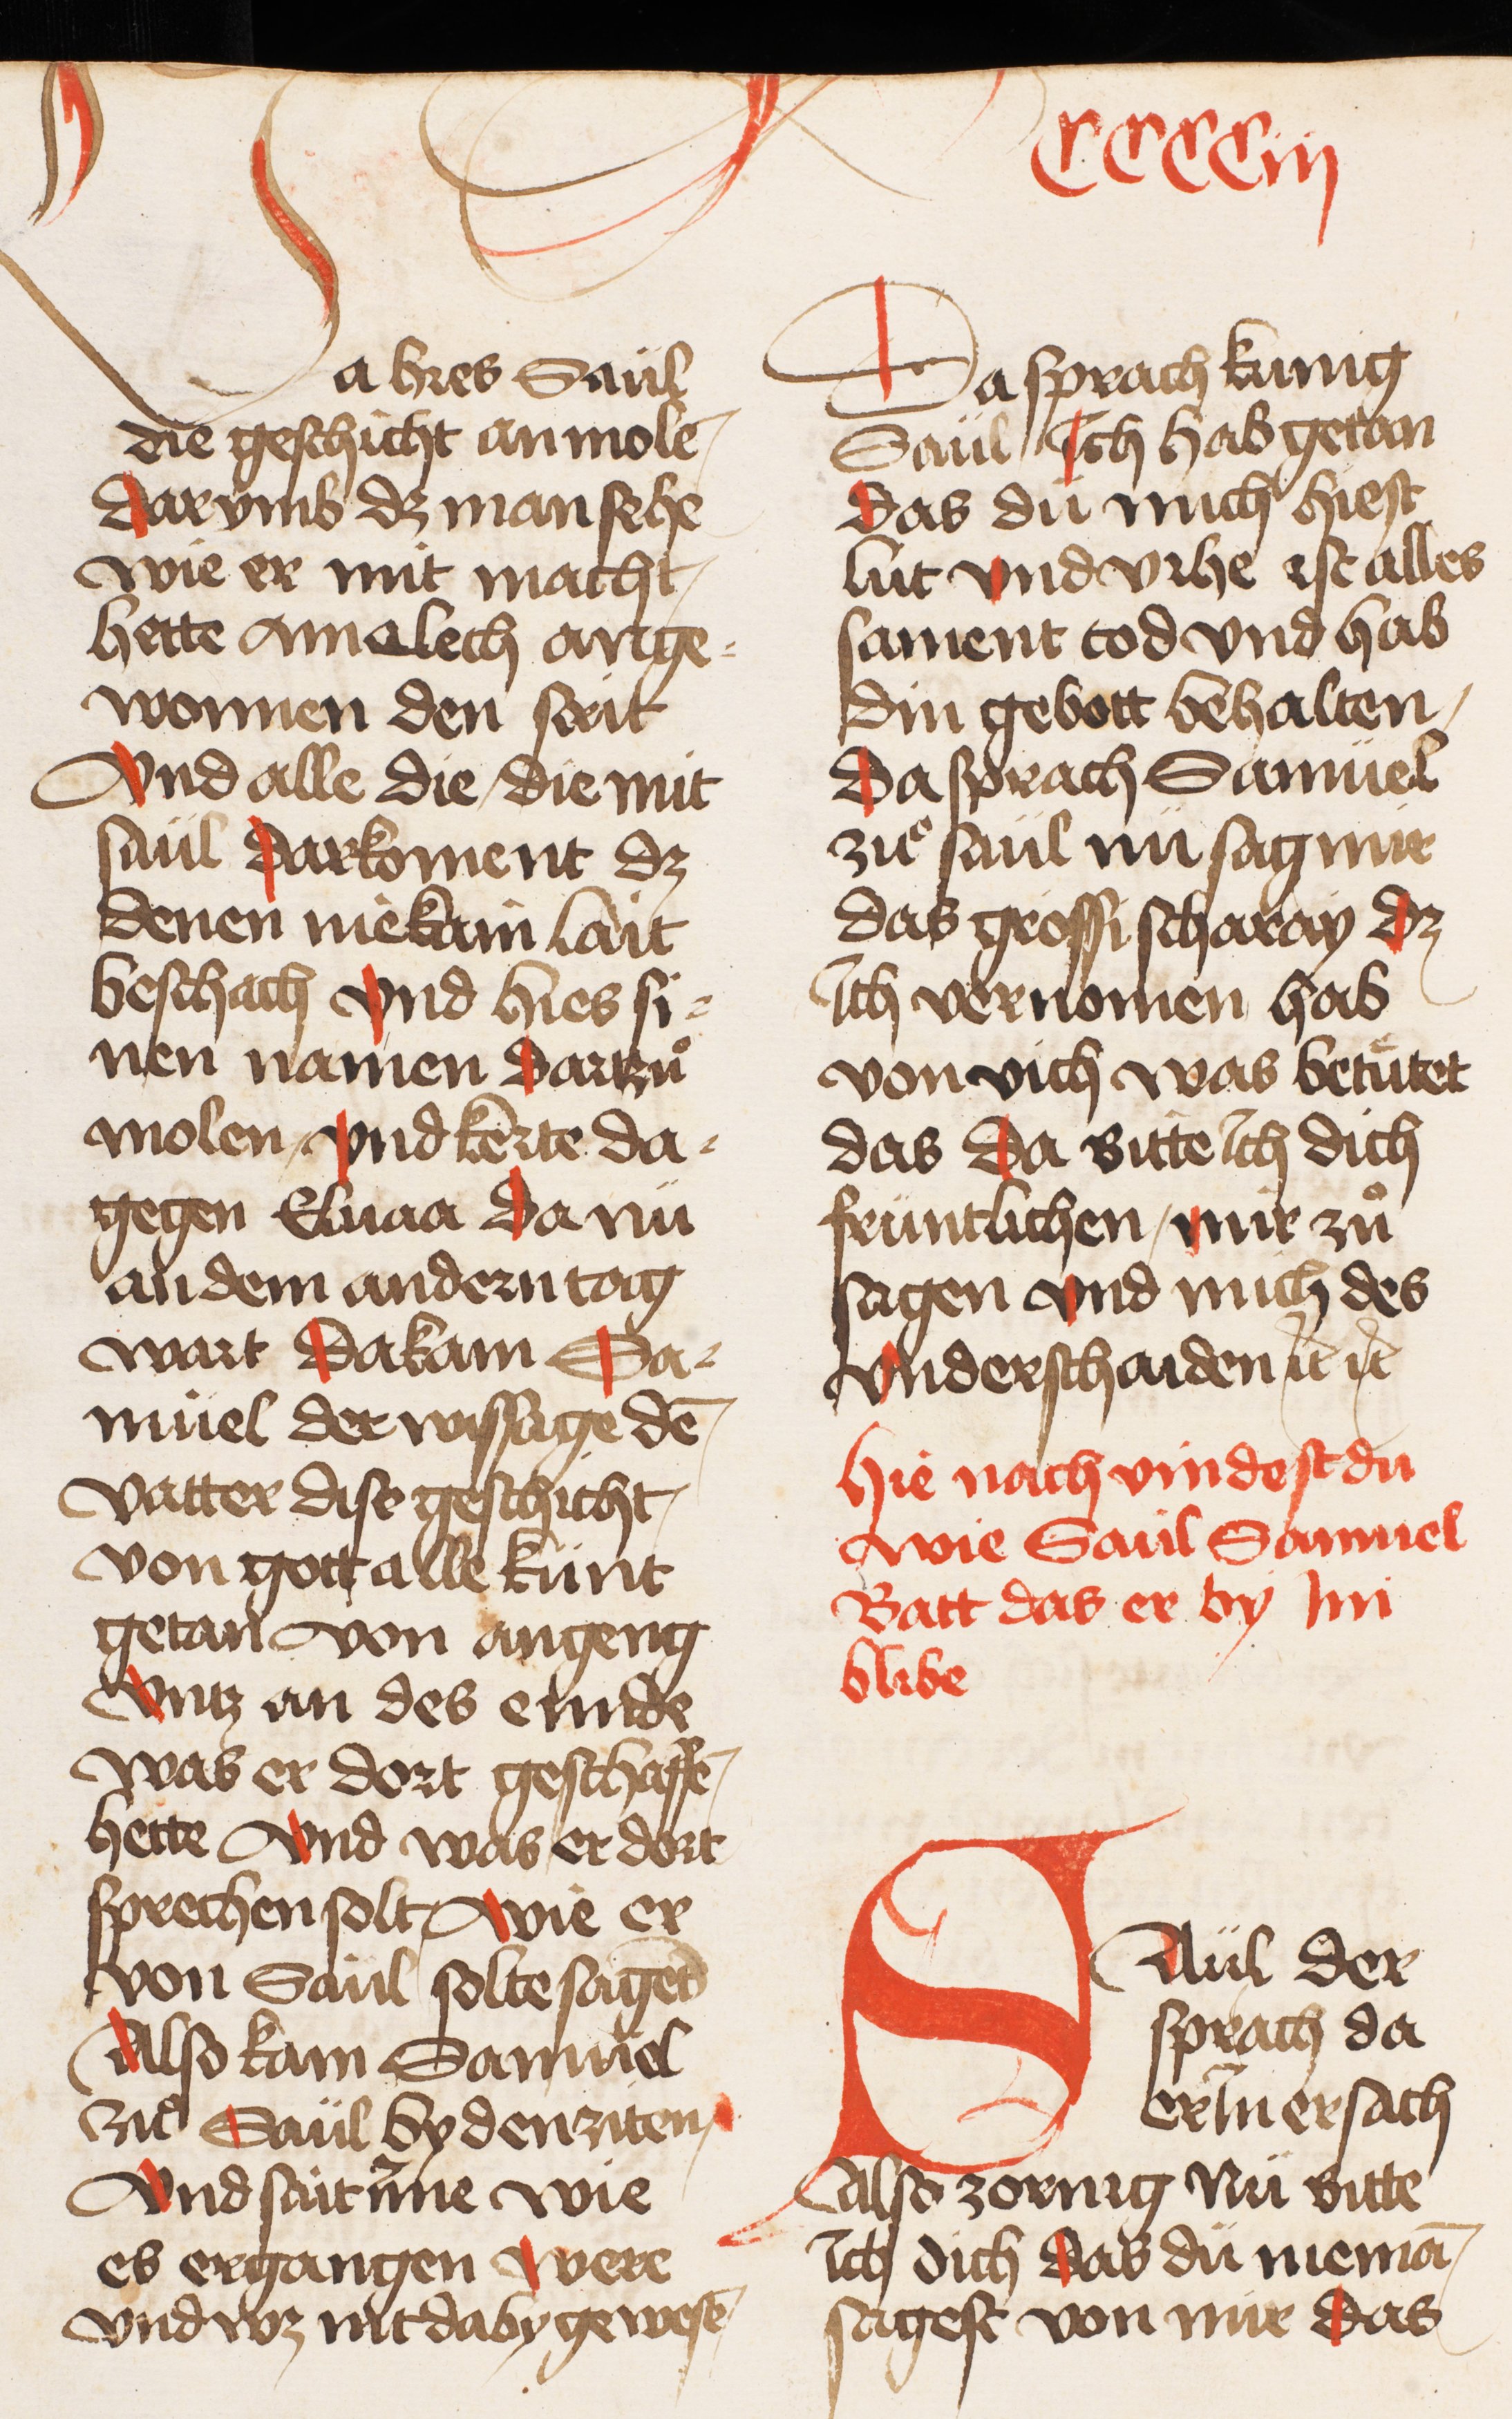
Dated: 1445–1455